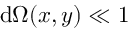
\mathrm { d } \Omega ( x , y ) \ll 1